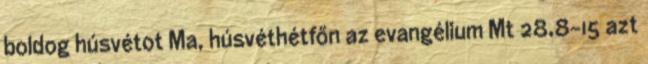
boldog húsvétot Ma, húsvéthétfőn az evangélium Mt 28,8–15 azt